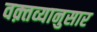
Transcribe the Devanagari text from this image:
वक़्तव्यानुसार